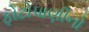
ફોટોપાણીનો